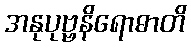
အနုပုဗ္ဗနိရောဓာတိ